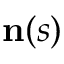
\mathbf { n } ( s )